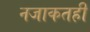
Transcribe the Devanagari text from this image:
नजाकतही